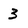
Character: 3